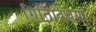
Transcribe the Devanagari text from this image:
गितिविधयां